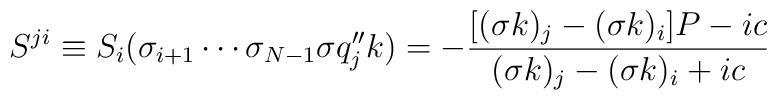
S^{ji}\equiv S_i(\sigma_{i+1}\cdots\sigma_{N-1}\sigma q_j''k)=-\displaystyle{\frac{[(\sigma k)_j-(\sigma k)_i]P-ic}               {(\sigma k)_j-(\sigma k)_i+ic}}